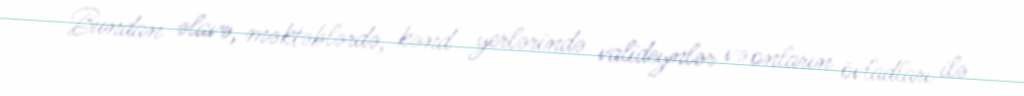
Bundan əlavə, məktəblərdə, kənd yerlərində valideynlər və onların övladları ilə